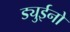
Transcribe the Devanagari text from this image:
ड्युईनो